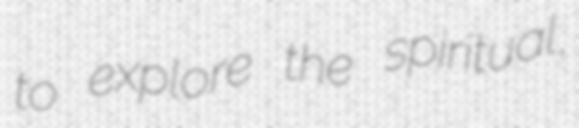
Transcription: to explore the spiritual,